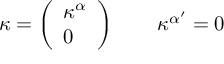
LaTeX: \kappa = \left( \begin{array} { l } { { \kappa ^ { \alpha } } } \\ { { 0 } } \end{array} \right) \qquad \kappa ^ { \alpha ^ { \prime } } = 0